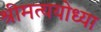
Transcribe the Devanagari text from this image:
श्रीमत्ययोध्या